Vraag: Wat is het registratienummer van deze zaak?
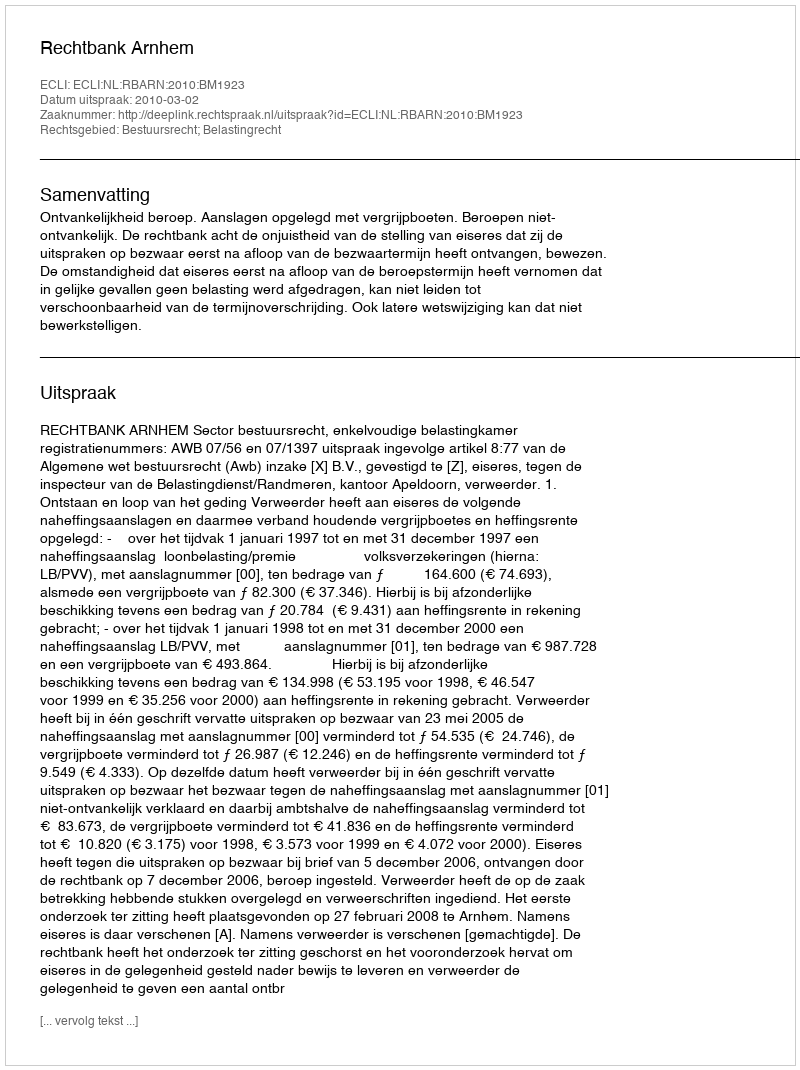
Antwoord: http://deeplink.rechtspraak.nl/uitspraak?id=ECLI:NL:RBARN:2010:BM1923